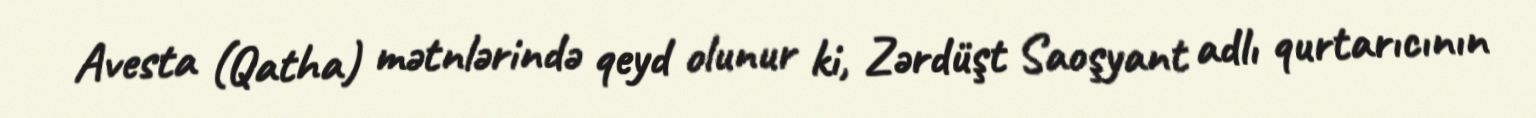
Avesta (Qatha) mətnlərində qeyd olunur ki, Zərdüşt Saoşyant adlı qurtarıcının